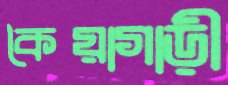
কৈয়াগাড়ী